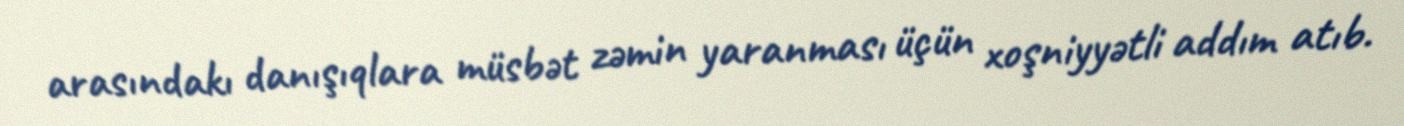
arasındakı danışıqlara müsbət zəmin yaranması üçün xoşniyyətli addım atıb.